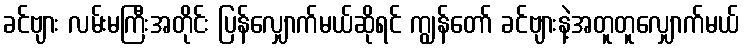
ခင်ဗျား လမ်းမကြီးအတိုင်း ပြန်လျှောက်မယ်ဆိုရင် ကျွန်တော် ခင်ဗျားနဲ့အတူတူလျှောက်မယ်